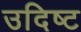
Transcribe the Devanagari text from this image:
उदिष्‍ट